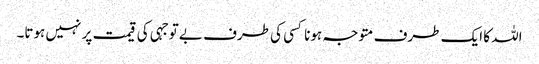
اللہ کا ایک طرف متوجہ ہونا کسی کی طرف بے توجہی کی قیمت پر نہیں ہوتا۔